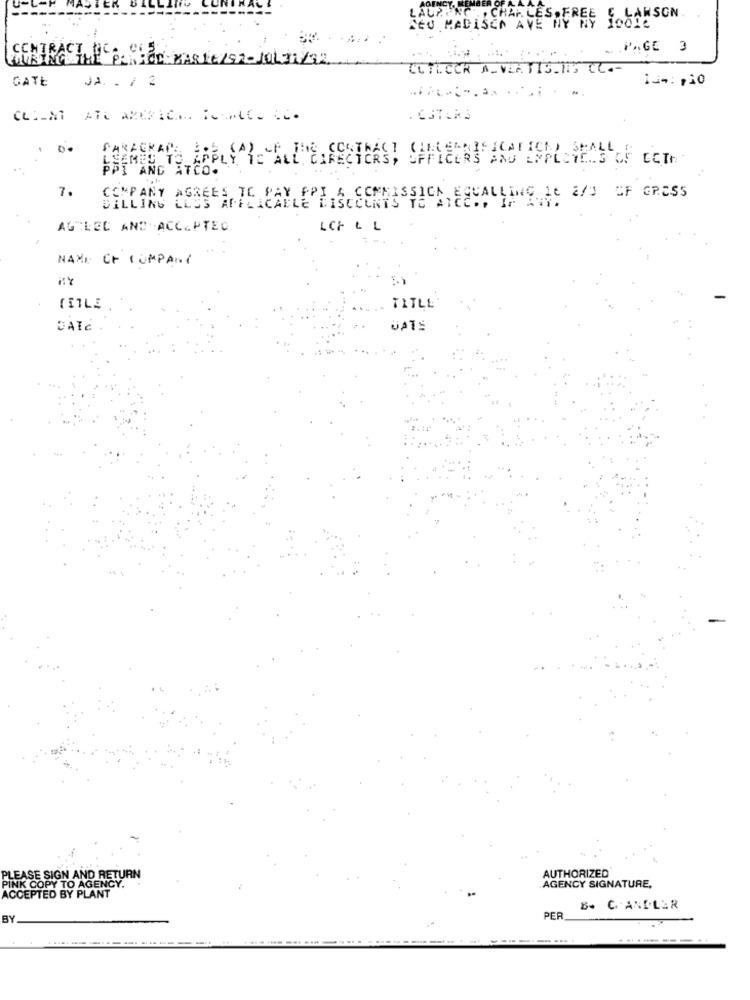
LARSON.
NEU MADISCO AVE MY
LAUP ING , CHARLES, FREE 100 !!
CONTRACT, DC -, 005
.. . PAGE 3
CUFLECK A_VIATIS.15 CC .-
GATE
JA. . 1 2
14: 110
PASZERAPS APPLY TO ALL DIRECTORS,
B.B. (A) OF THE CONTRAST OFFICERS AND EMPLOYES OF CCTHE
PPI AND ATCO.
7.
COMPANY AGREES TO PAY PPI A COMMISSION EQUALLING It 2/0 OF GROSS
DILLING LLSS AFFLICALLE DISCOUNTS TE ATCC ., IF ANY.
AG"LEC AND ACCEPTED
LCH LL
NAME OF COMPANY
TITLE
DATE
JATS
AUTHORIZED
PLEASE SIGN AND RETURN
AGENCY SIGNATURE,
PINK COPY TO AGENCY.
ACCEPTED BY PLANT
B. C'ANDLER
BY
PER
-------